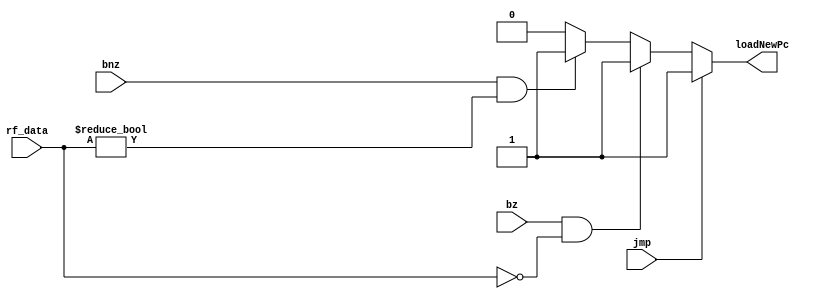
module BranchControl(input bz,
                     input bnz,
                     input jmp,
                     input [15:0] rf_data,
                     output reg loadNewPc
                     );
    always @(*) begin
        if(jmp)
            loadNewPc=1;
        else if(bz&&(rf_data==0))
            loadNewPc=1;
        else if(bnz&&(rf_data!=0))
            loadNewPc=1;
        else 
            loadNewPc=0;
    end
endmodule